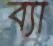
ব্যা